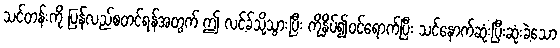
သင်တန်းကို ပြန်လည်စတင်ရန်အတွက် ဤ လင့်ခ်သို့သွားပြီး ကိုနှိပ်၍ဝင်ရောက်ပြီး သင်နောက်ဆုံးပြီးဆုံးခဲ့သော